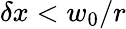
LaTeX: \delta x<w_{0}/r